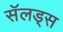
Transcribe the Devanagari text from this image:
सॅलड्स